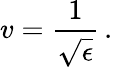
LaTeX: v={\frac{1}{\sqrt{\epsilon}}}\, .